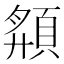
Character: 頯